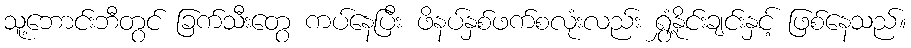
သူ့ဘောင်းဘီတွင် ခြက်သီးတွေ ကပ်နေပြီး ဖိနပ်နှစ်ဖက်စလုံးလည်း ရွှံ့နိုင်းချင်းနှင့် ဖြစ်နေသည်။